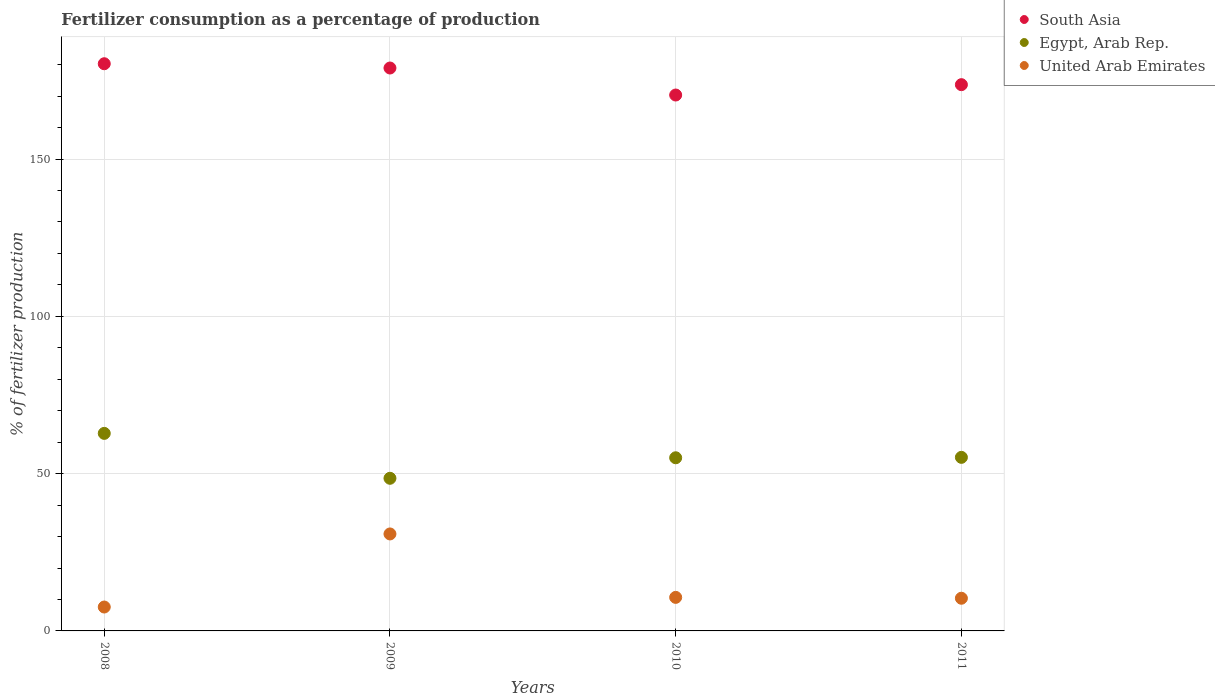
| Years | South Asia | Egypt, Arab Rep. | United Arab Emirates |
 | --- | --- | --- | --- |
 | 2008 | 180 | 62.8 | 7.6 |
 | 2009 | 179 | 48.5 | 30.8 |
 | 2010 | 170 | 55 | 10.7 |
 | 2011 | 174 | 55.2 | 10.4 |